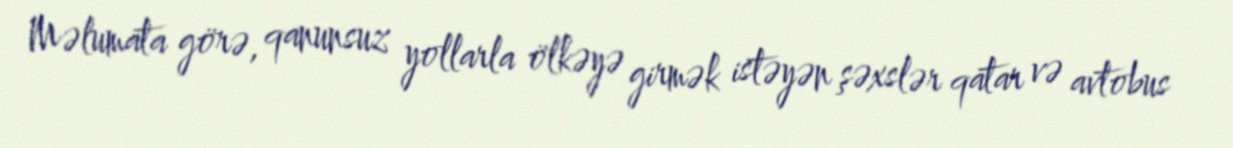
Məlumata görə, qanunsuz yollarla ölkəyə girmək istəyən şəxslər qatar və avtobus